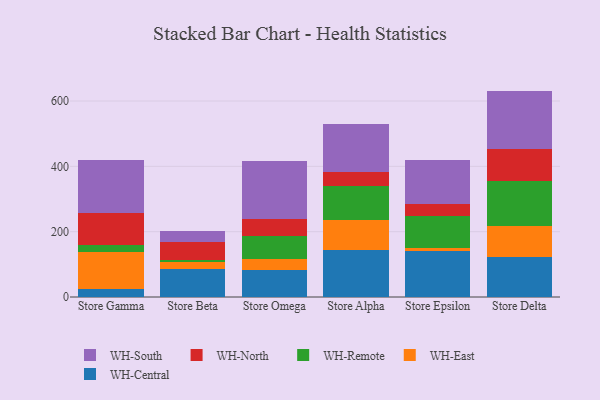
{"axis": {"x": "Store", "y": "Demand Index"}, "legend": ["WH-Central", "WH-East", "WH-North", "WH-Remote", "WH-South"], "data": [{"x": "Store Gamma", "y": 25.3, "type": "WH-Central"}, {"x": "Store Gamma", "y": 111.6, "type": "WH-East"}, {"x": "Store Gamma", "y": 21.1, "type": "WH-Remote"}, {"x": "Store Gamma", "y": 97.7, "type": "WH-North"}, {"x": "Store Gamma", "y": 164.2, "type": "WH-South"}, {"x": "Store Beta", "y": 85.0, "type": "WH-Central"}, {"x": "Store Beta", "y": 22.7, "type": "WH-East"}, {"x": "Store Beta", "y": 5.6, "type": "WH-Remote"}, {"x": "Store Beta", "y": 56.6, "type": "WH-North"}, {"x": "Store Beta", "y": 31.6, "type": "WH-South"}, {"x": "Store Omega", "y": 82.8, "type": "WH-Central"}, {"x": "Store Omega", "y": 34.2, "type": "WH-East"}, {"x": "Store Omega", "y": 70.6, "type": "WH-Remote"}, {"x": "Store Omega", "y": 52.0, "type": "WH-North"}, {"x": "Store Omega", "y": 176.9, "type": "WH-South"}, {"x": "Store Alpha", "y": 142.6, "type": "WH-Central"}, {"x": "Store Alpha", "y": 91.8, "type": "WH-East"}, {"x": "Store Alpha", "y": 105.3, "type": "WH-Remote"}, {"x": "Store Alpha", "y": 42.5, "type": "WH-North"}, {"x": "Store Alpha", "y": 146.1, "type": "WH-South"}, {"x": "Store Epsilon", "y": 141.4, "type": "WH-Central"}, {"x": "Store Epsilon", "y": 8.2, "type": "WH-East"}, {"x": "Store Epsilon", "y": 98.8, "type": "WH-Remote"}, {"x": "Store Epsilon", "y": 36.1, "type": "WH-North"}, {"x": "Store Epsilon", "y": 134.6, "type": "WH-South"}, {"x": "Store Delta", "y": 123.5, "type": "WH-Central"}, {"x": "Store Delta", "y": 92.6, "type": "WH-East"}, {"x": "Store Delta", "y": 140.5, "type": "WH-Remote"}, {"x": "Store Delta", "y": 97.8, "type": "WH-North"}, {"x": "Store Delta", "y": 176.7, "type": "WH-South"}]}